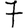
Digit: 7